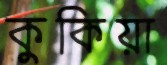
কুকিয়া